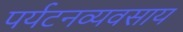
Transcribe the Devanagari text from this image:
पर्यटनव्यवसाय